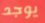
يوجد